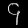
Digit: ၄